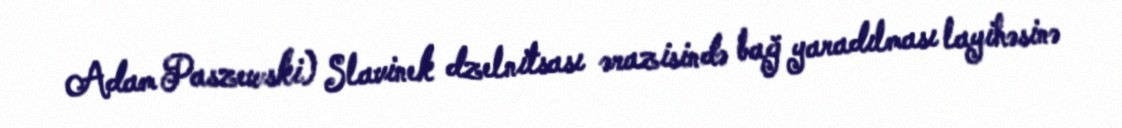
Adam Paszewski) Slavinek dzelnitsası ərazisində bağ yaradılması layihəsinə